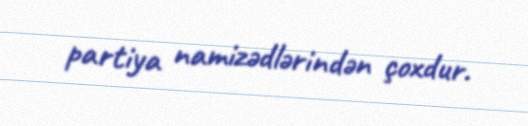
partiya namizədlərindən çoxdur.